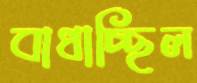
বাধাচ্ছিল